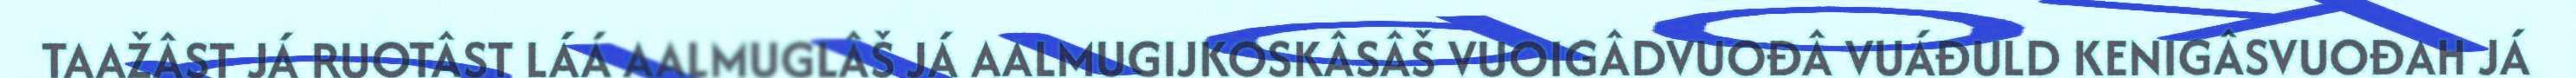
TAAŽÂST JÁ RUOTÂST LÁÁ AALMUGLÂŠ JÁ AALMUGIJKOSKÂSÂŠ VUOIGÂDVUOĐÂ VUÁĐULD KENIGÂSVUOĐAH JÁ